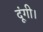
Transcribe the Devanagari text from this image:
दूंगी।